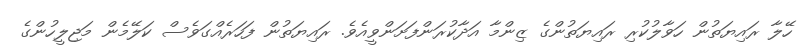
ހޭލާ ރައިޔަތުން ހަވާލުކުރި ރައިޔަތުންގެ ޒިންމާ އަދާކުރަންފަށަންވީއެވެ. ރައިޔަތުން ފަހަރެއްގަވެސް ކަލޭމެން މަޖިލީހުންގެ